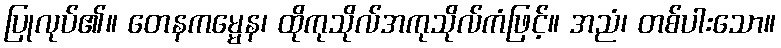
ပြုလုပ်၏။ တေနကမ္မေန၊ ထိုကုသိုလ်အကုသိုလ်ကံဖြင့်။ အညံ၊ တစ်ပါးသော။